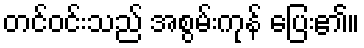
တင်ဝင်းသည် အစွမ်းကုန် ပြေး၏။